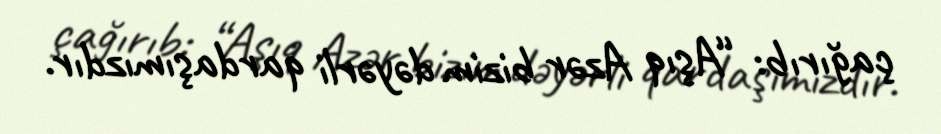
çağırıb: “Aşıq Azər bizim dəyərli qardaşımızdır.